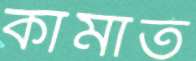
কামার্ত